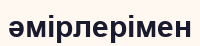
әмірлерімен